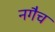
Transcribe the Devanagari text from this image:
नगैच